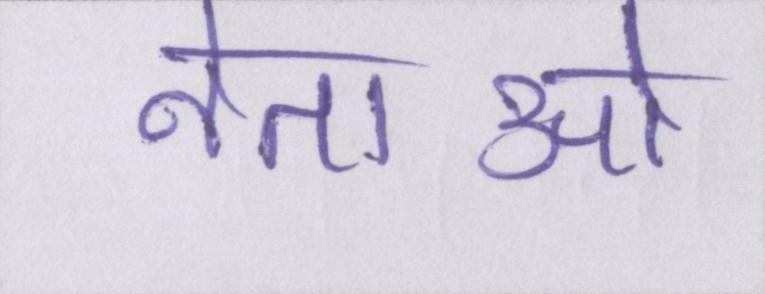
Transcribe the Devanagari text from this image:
नेताओ